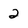
Character: 2